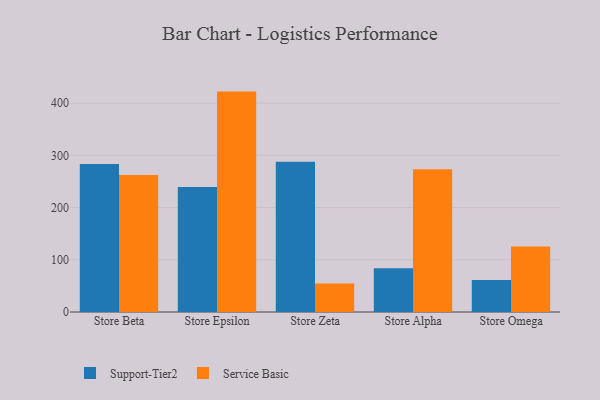
{"axis": {"x": "Store", "y": "Energy Usage (MWh)"}, "legend": ["Service Basic", "Support-Tier2"], "data": [{"x": "Store Beta", "y": 283.4, "type": "Support-Tier2"}, {"x": "Store Beta", "y": 262.3, "type": "Service Basic"}, {"x": "Store Epsilon", "y": 239.4, "type": "Support-Tier2"}, {"x": "Store Epsilon", "y": 422.2, "type": "Service Basic"}, {"x": "Store Zeta", "y": 287.7, "type": "Support-Tier2"}, {"x": "Store Zeta", "y": 54.8, "type": "Service Basic"}, {"x": "Store Alpha", "y": 83.9, "type": "Support-Tier2"}, {"x": "Store Alpha", "y": 273.3, "type": "Service Basic"}, {"x": "Store Omega", "y": 61.2, "type": "Support-Tier2"}, {"x": "Store Omega", "y": 125.7, "type": "Service Basic"}]}